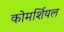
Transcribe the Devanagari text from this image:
कोमर्शियल